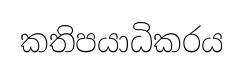
කතිපයාධිකරය